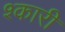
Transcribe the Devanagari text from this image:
श्कारी